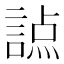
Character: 𧪊